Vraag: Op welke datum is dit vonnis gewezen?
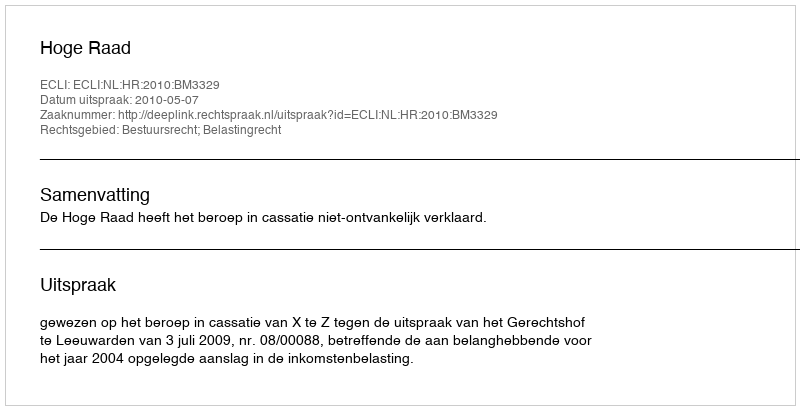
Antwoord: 2010-05-07